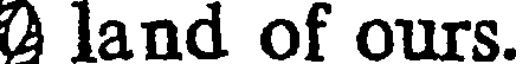
A land of ours.